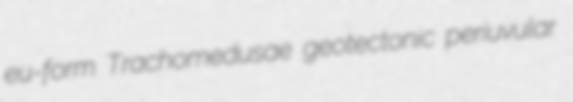
eu-form Trachomedusae geotectonic periuvular